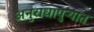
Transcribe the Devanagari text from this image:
अनुराधापुऱ्यात